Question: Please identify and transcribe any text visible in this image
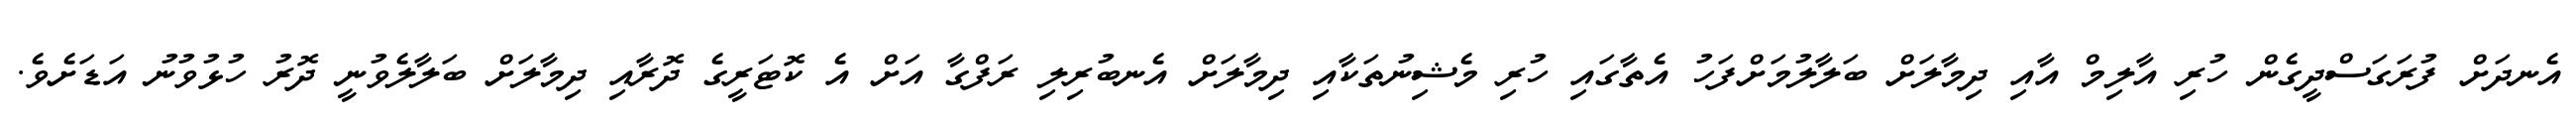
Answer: އެނދަށް ފުރަގަސްދީގެން ހުރި އާލިމް އާއި ދިމާލަށް ބަލާލުމަށްފަހު އެތާގައި ހުރި މެޝިނުތަކާއި ދިމާލަށް އެނބުރިލި ރަފްގާ އަށް އެ ކޮޓަރީގެ ދޮރާއި ދިމާލަށް ބަލާލެވުނީ ދޮރު ހުޅުވުނު އަޑަށެވެ.